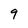
Character: 9